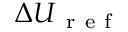
{ \Delta U } _ { \mathrm { ~ r ~ e ~ f ~ } }